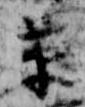
草